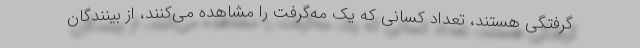
گرفتگی هستند، تعداد کسانی که یک مه‌گرفت را مشاهده می‌کنند، از بینندگان